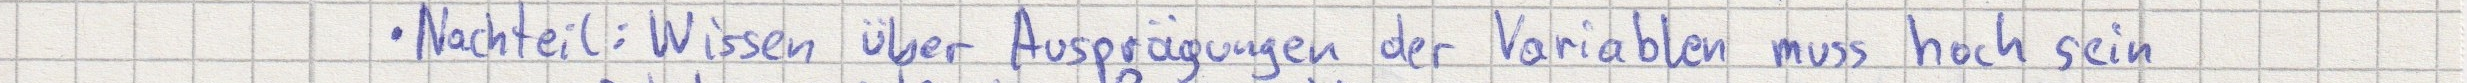
- Nachteil: Wissen über Ausprägungen der Variablen muss hoch sein